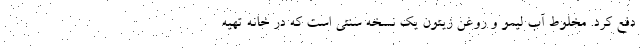
دفع کرد. مخلوط آب لیمو و روغن زیتون یک نسخه سنتی است که در خانه تهیه